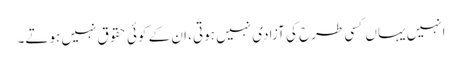
انہیں یہاں کسی طرح کی آزادی نہیں ہوتی، ان کے کوئی حقوق نہیں ہوتے۔